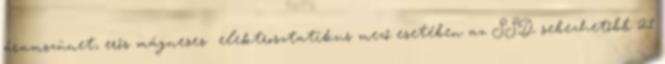
áramszünet, erős mágneses elektrosztatikus mező esetében az SSD sebezhetőbb 21